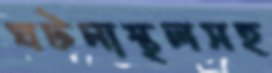
ঘটনাস্থলসহ